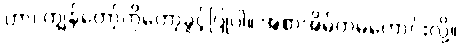
ဟာ၊ ကျွန်တော့်ကိုတော့ခွင့်ပြုပါ။ အစာအိမ်ကမကောင်းလို့။